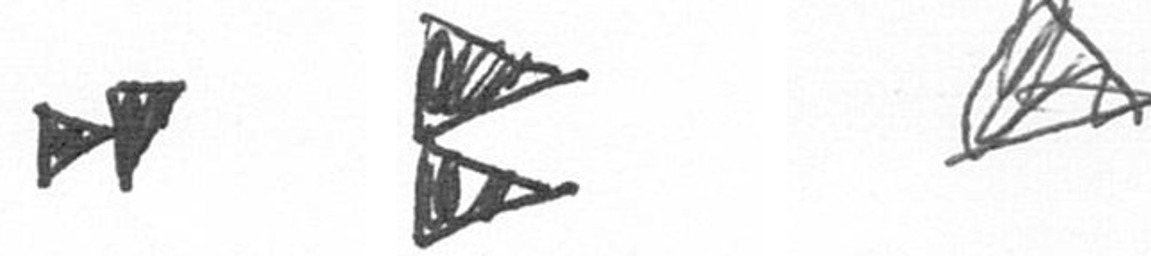
M P O